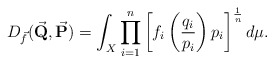
\begin{align*}D_{\vec f}(\vec{\textbf{Q}}, \vec{\textbf{P}} )= \int_{X} \prod_{i=1}^{n} \left[f_i \left(\frac{q_i}{p_i} \right) p_i\right]^{\frac{1}{n}} d\mu.\end{align*}